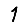
Digit: 1